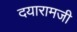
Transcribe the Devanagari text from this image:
दयारामजी